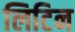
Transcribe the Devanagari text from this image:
लिटिन